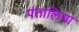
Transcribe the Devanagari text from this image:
पंतालिया